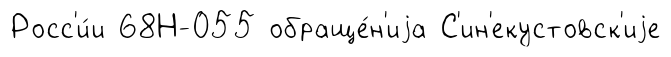
Росс'и́и 68Н-055 обраще́н'иjа С'ин'екустовск'иjе